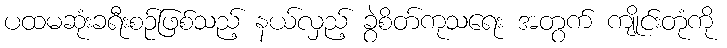
ပထမဆုံးခရီးစဉ်ဖြစ်သည့် နယ်လှည့် ခွဲစိတ်ကုသရေး အတွက် ကျိုင်းတုံကို